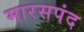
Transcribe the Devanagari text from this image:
मारसपंद